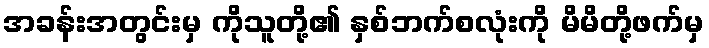
အခန်းအတွင်းမှ ကိုသူတို့၏ နှစ်ဘက်စလုံးကို မိမိတို့ဖက်မှ